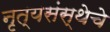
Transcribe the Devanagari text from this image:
नृत्यसंस्थेचे